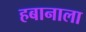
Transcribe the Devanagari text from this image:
हबानाला